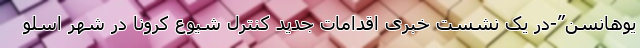
یوهانسِن”-در یک نشست خبری اقدامات جدید کنترل شیوع کرونا در شهر اسلو